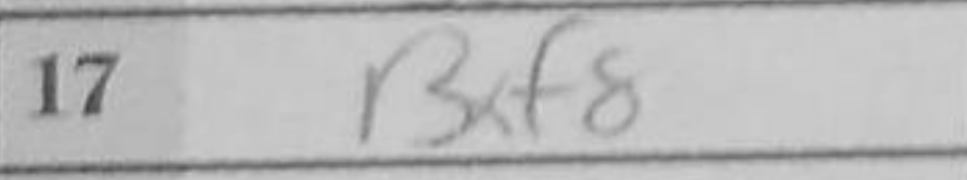
Transcription: Bxf8